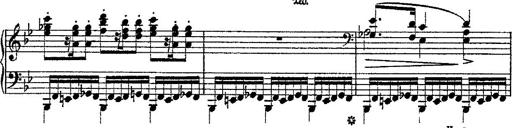
Title: Fantaisie romantique sur deux mÃ©lodies suisses
Composer: Franz Liszt